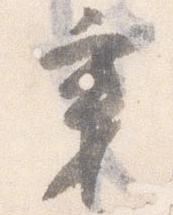
秉